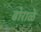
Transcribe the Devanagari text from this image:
ढोराळे